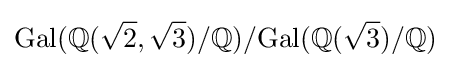
{\text{Gal}}(\mathbb {Q} ({\sqrt {2}},{\sqrt {3}})/\mathbb {Q} )/{\text{Gal}}(\mathbb {Q} ({\sqrt {3}})/\mathbb {Q} )